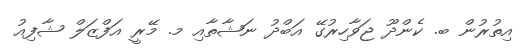
އިތުރުން ބ. ކެންދޫ ޖަވާހިރުގޭ އަބްދު ނަޝާތާއި މ. މޭރީ އަފްޒަލް ޝާފިއު